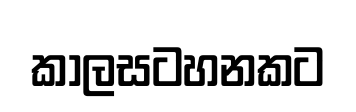
කාලසටහනකට